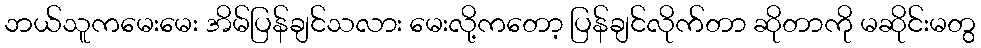
ဘယ်သူကမေးမေး အိမ်ပြန်ချင်သလား မေးလို့ကတော့ ပြန်ချင်လိုက်တာ ဆိုတာကို မဆိုင်းမတွ